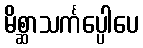
မိစ္ဆာသင်္ကပ္ပေါပေ